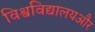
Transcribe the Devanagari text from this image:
विश्वविद्यालयऔर